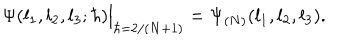
\Psi ( l _ { 1 } , l _ { 2 } , l _ { 3 } ; \hbar ) \Big | _ { \hbar = 2 / ( N + 1 ) } = \Psi _ { ( N ) } ( l _ { 1 } , l _ { 2 } , l _ { 3 } ) .